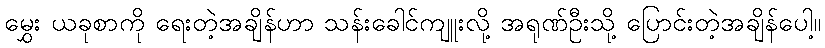
မွှေး ယခုစာကို ရေးတဲ့အချိန်ဟာ သန်းခေါင်ကျူးလို့ အရုဏ်ဦးသို့ ပြောင်းတဲ့အချိန်ပေါ့။